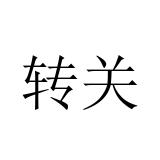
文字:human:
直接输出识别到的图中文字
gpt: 转关